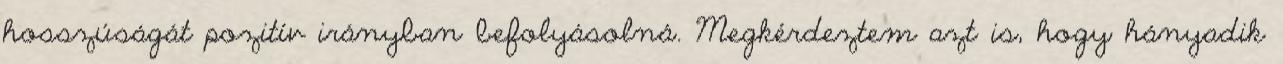
hosszúságát pozitív irányban befolyásolná. Megkérdeztem azt is, hogy hányadik